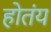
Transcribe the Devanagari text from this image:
होतंय